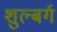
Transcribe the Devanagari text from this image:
शुल्बर्ग